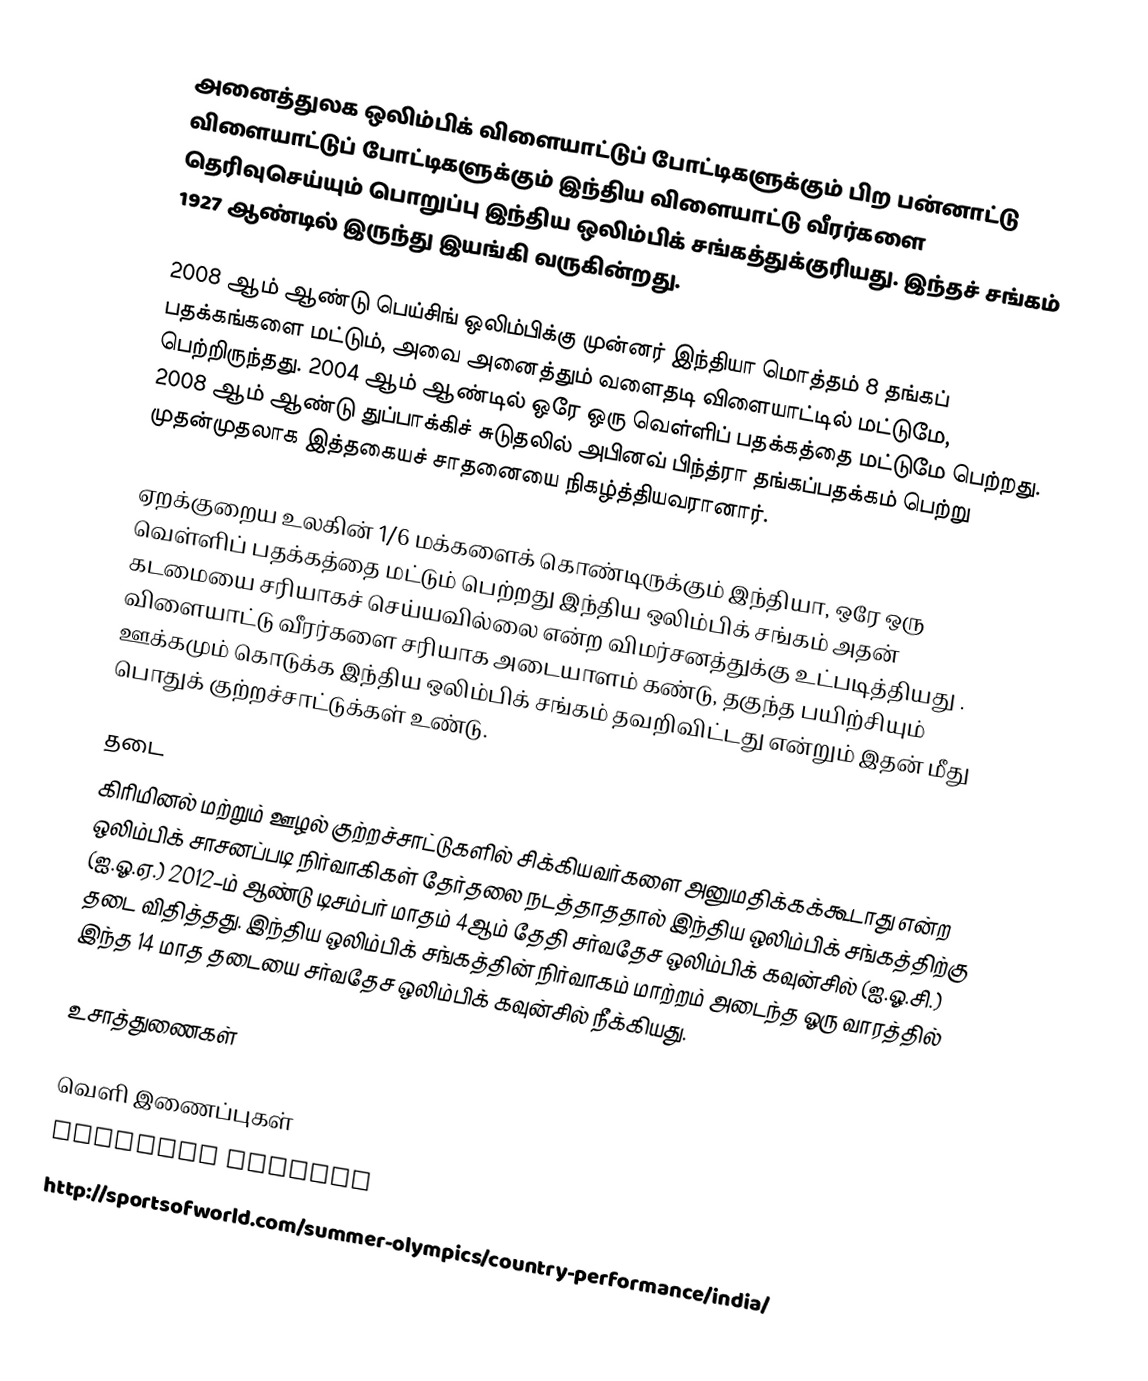
அனைத்துலக ஒலிம்பிக் விளையாட்டுப் போட்டிகளுக்கும் பிற பன்னாட்டு விளையாட்டுப் போட்டிகளுக்கும் இந்திய விளையாட்டு வீரர்களை தெரிவுசெய்யும் பொறுப்பு இந்திய ஒலிம்பிக் சங்கத்துக்குரியது.  இந்தச் சங்கம் 1927 ஆண்டில் இருந்து இயங்கி வருகின்றது.

2008 ஆம் ஆண்டு பெய்சிங் ஒலிம்பிக்கு முன்னர் இந்தியா மொத்தம் 8 தங்கப் பதக்கங்களை மட்டும், அவை அனைத்தும் வளைதடி விளையாட்டில் மட்டுமே, பெற்றிருந்தது. 2004 ஆம் ஆண்டில் ஒரே ஒரு வெள்ளிப் பதக்கத்தை மட்டுமே பெற்றது. 2008 ஆம் ஆண்டு துப்பாக்கிச் சுடுதலில் அபினவ் பிந்த்ரா தங்கப்பதக்கம் பெற்று முதன்முதலாக இத்தகையச் சாதனையை நிகழ்த்தியவரானார்.

ஏறக்குறைய உலகின் 1/6 மக்களைக் கொண்டிருக்கும் இந்தியா, ஒரே ஒரு வெள்ளிப் பதக்கத்தை மட்டும் பெற்றது இந்திய ஒலிம்பிக் சங்கம் அதன் கடமையை சரியாகச் செய்யவில்லை என்ற விமர்சனத்துக்கு உட்படித்தியது .  விளையாட்டு வீரர்களை சரியாக அடையாளம் கண்டு, தகுந்த பயிற்சியும் ஊக்கமும் கொடுக்க இந்திய ஒலிம்பிக் சங்கம் தவறிவிட்டது என்றும் இதன் மீது பொதுக் குற்றச்சாட்டுக்கள் உண்டு.

தடை
கிரிமினல் மற்றும் ஊழல் குற்றச்சாட்டுகளில் சிக்கியவர்களை அனுமதிக்கக்கூடாது என்ற ஒலிம்பிக் சாசனப்படி நிர்வாகிகள் தேர்தலை நடத்தாததால் இந்திய ஒலிம்பிக் சங்கத்திற்கு (ஐ.ஓ.ஏ.) 2012–ம் ஆண்டு டிசம்பர் மாதம் 4ஆம் தேதி சர்வதேச ஒலிம்பிக் கவுன்சில் (ஐ.ஓ.சி.) தடை விதித்தது. இந்திய ஒலிம்பிக் சங்கத்தின் நிர்வாகம் மாற்றம் அடைந்த ஓரு வாரத்தில் இந்த 14 மாத தடையை சர்வதேச ஒலிம்பிக் கவுன்சில் நீக்கியது.

உசாத்துணைகள்

வெளி இணைப்புகள்
 Official website
 http://sportsofworld.com/summer-olympics/country-performance/india/